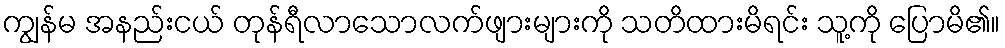
ကျွန်မ အနည်းငယ် တုန်ရီလာသောလက်ဖျားများကို သတိထားမိရင်း သူ့ကို ပြောမိ၏။